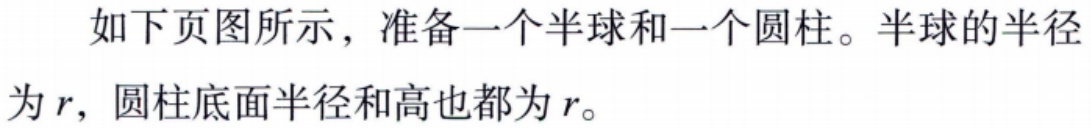
如下页图所示，准备一个半球和一个圆柱。半球的半径为\(r\)，圆柱底面半径和高也都为\(r\)。